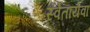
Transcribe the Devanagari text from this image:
स्वेतायेवा